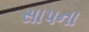
સાપના